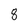
Character: 8